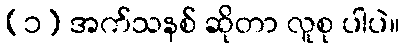
(၁) အက်သနစ် ဆိုတာ လူစု ပါပဲ။